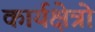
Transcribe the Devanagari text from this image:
कार्यक्षेत्रो